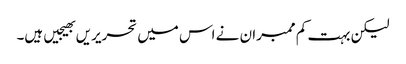
لیکن بہت کم ممبران نے اس میں تحریریں بھیجیں ہیں۔